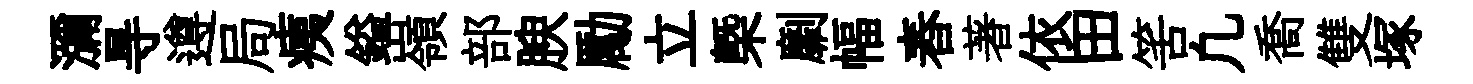
瀰㝵遵局痍鎰嶺部腴勵立㮣劘幅舂著依田筈凢喬雙塚